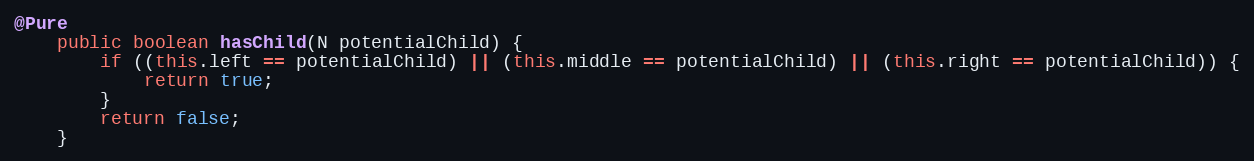
Language: Java
@Pure
	public boolean hasChild(N potentialChild) {
		if ((this.left == potentialChild) || (this.middle == potentialChild) || (this.right == potentialChild)) {
			return true;
		}
		return false;
	}